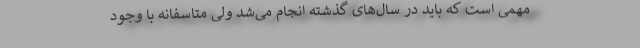
مهمی است که باید در سال‌های گذشته انجام می‌شد ولی متاسفانه با وجود